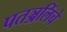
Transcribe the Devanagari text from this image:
पतञ्जलिंचे